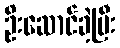
ဦးဆောင်ခဲ့ပြီး